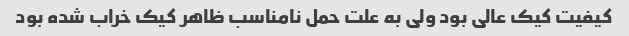
کیفیت کیک عالی بود ولی به علت حمل نامناسب ظاهر کیک خراب شده بود